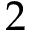
2